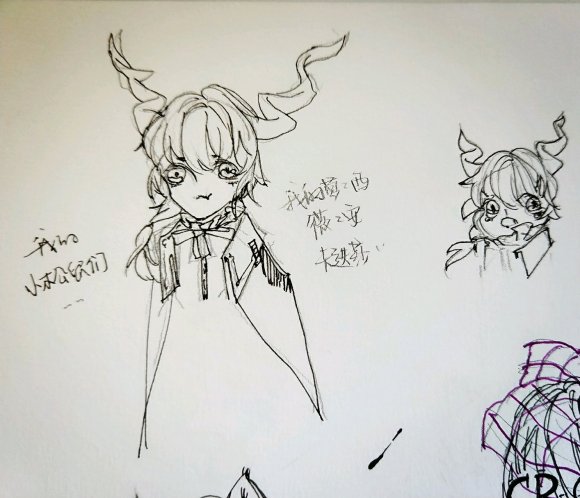
扶桑已在渺茫中，家在扶桑东更东。